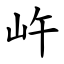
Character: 㞰